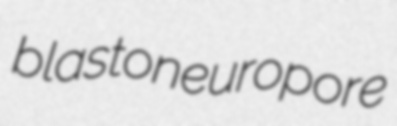
blastoneuropore